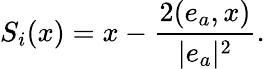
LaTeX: S_{i}(x)=x-\frac{2(e_{a},x)}{|e_{a}|^{2}}.